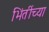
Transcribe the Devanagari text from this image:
भिंतींच्या